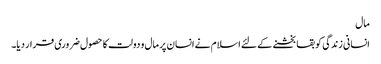
مال
انسانی زندگی کو بقا بخشنے کے لئے اسلام نے انسان پر مال و دولت کا حصول ضروری قرار دیا۔